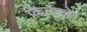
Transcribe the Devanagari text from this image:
किनको